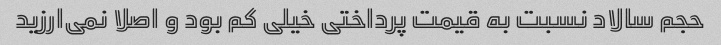
حجم سالاد نسبت به قیمت پرداختی خیلی کم بود و اصلا نمی‌ارزید